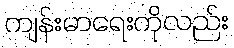
ကျန်းမာရေးကိုလည်း